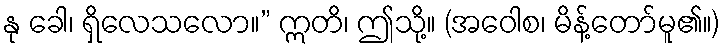
နု ခေါ၊ ရှိလေသလော။” ဣတိ၊ ဤသို့။ (အဝေါစ၊ မိန့်တော်မူ၏။)